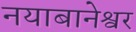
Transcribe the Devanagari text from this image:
नयाबानेश्वर